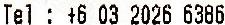
TEL : + 6 03 2026 6386